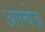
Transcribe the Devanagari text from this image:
आल्वेज़